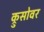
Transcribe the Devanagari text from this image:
क्रुसोवर